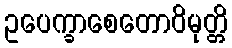
ဥပေက္ခာစေတောဝိမုတ္တိ